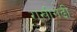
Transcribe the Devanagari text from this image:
राखीगढी़